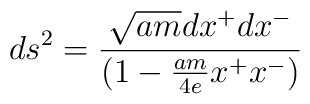
ds^2= { \sqrt{am}dx^{+}dx^{-} \over (1- {am \over 4e} x^{+}x^{-})}